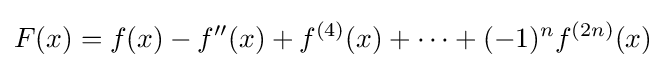
F(x)=f(x)-f''(x)+f^{(4)}(x)+\cdots +(-1)^{n}f^{(2n)}(x)